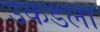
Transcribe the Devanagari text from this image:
उकडला